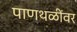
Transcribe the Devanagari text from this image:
पाणथळींवर